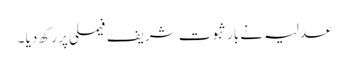
عدلیہ نے بار ثبوت شریف فیملی پر رکھ دیا ۔